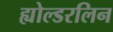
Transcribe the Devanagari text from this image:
ह्योल्डरलिन